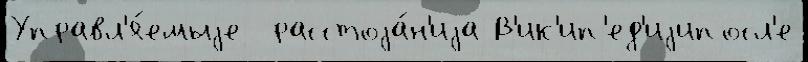
Управл'я́емыjе  расстоjа́н'иjа В'ик'ип'ед'иjипосл'е